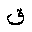
Letter: _qaf